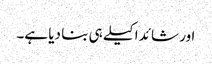
اور شائد اکیلے ہی بنا دیا ہے۔